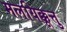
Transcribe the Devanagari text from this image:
मलयिक्कूत्तु